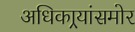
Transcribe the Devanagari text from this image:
अधिकार्‍यांसमोर